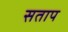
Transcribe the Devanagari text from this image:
सताप